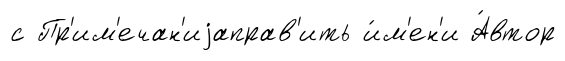
с Пр'им'ечан'иjаправ'ить и́м'ен'и А́втор